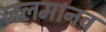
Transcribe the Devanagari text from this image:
जलमानव